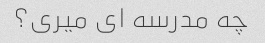
چه مدرسه ای میری؟